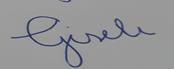
Signature authenticity: forged